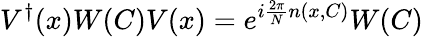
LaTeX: V^{\dagger}(x)W(C)V(x)=e^{i{\frac{2\pi}{N}}n(x,C)}W(C)